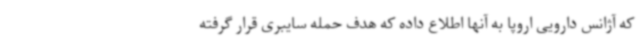
که آژانس دارویی اروپا به آنها اطلاع داده که هدف حمله سایبری قرار گرفته